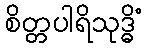
စိတ္တပါရိသုဒ္ဓိံ